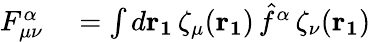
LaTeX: \begin{array}{rl}{F_{\mu\nu}^{\alpha}}&{{}=\int d\mathbf{r_{1}}\, \zeta_{\mu}(\mathbf{r_{1}})\, \hat{f}^{\alpha}\, \zeta_{\nu}(\mathbf{r_{1}})}\end{array}